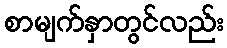
စာမျက်နှာတွင်လည်း